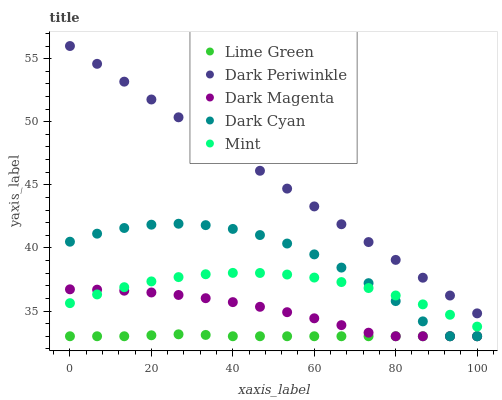
| xaxis_label | Lime Green | Dark Periwinkle | Dark Magenta | Dark Cyan | Mint |
 | --- | --- | --- | --- | --- | --- |
 | 0 | 33 | 56 | 36.7 | 40.5 | 35.6 |
 | 6.67 | 33 | 54.6 | 36.7 | 41.1 | 36.3 |
 | 13.3 | 33 | 53.2 | 36.6 | 41.6 | 36.9 |
 | 20 | 33.1 | 51.8 | 36.5 | 41.8 | 37.3 |
 | 26.7 | 33.2 | 50.4 | 36.3 | 41.9 | 37.7 |
 | 33.3 | 33.1 | 48.9 | 36 | 41.8 | 37.9 |
 | 40 | 33 | 47.5 | 35.7 | 41.5 | 38 |
 | 46.7 | 33 | 46.1 | 35.3 | 41 | 38 |
 | 53.3 | 33 | 44.7 | 34.9 | 40.3 | 37.9 |
 | 60 | 33 | 43.3 | 34.4 | 39.5 | 37.7 |
 | 66.7 | 33 | 41.9 | 33.9 | 38.4 | 37.3 |
 | 73.3 | 33 | 40.5 | 33.3 | 37.2 | 36.8 |
 | 80 | 33 | 39.1 | 33 | 35.8 | 36.2 |
 | 86.7 | 33 | 37.6 | 33 | 34.2 | 35.5 |
 | 93.3 | 33 | 36.2 | 33 | 33 | 34.7 |
 | 100 | 33 | 34.8 | 33 | 33 | 33.8 |